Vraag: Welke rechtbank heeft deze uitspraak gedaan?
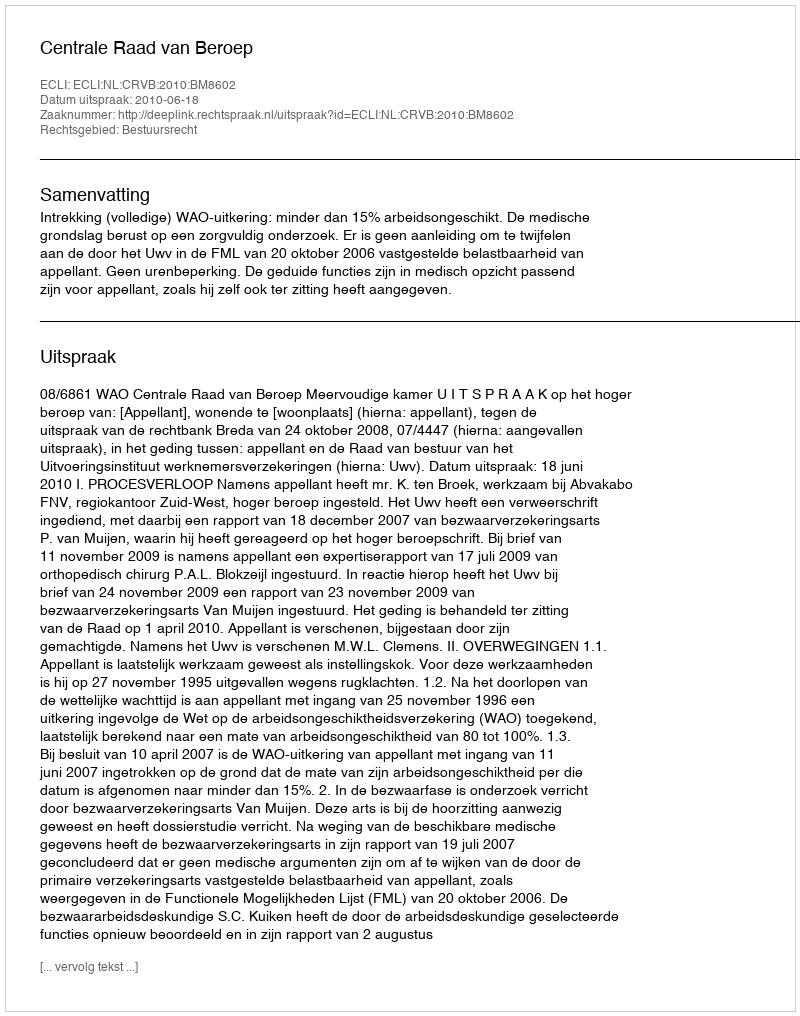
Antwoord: Centrale Raad van Beroep